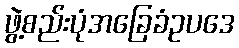
ဖွဲ့စည်းပုံအခြေခံဥပဒေ